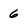
Character: 6